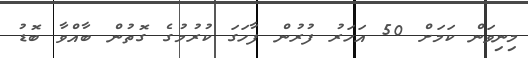
މިނިވަން ކަމަށް 50 އަހަރު ފުރުން ފާހަގަ ކުރުމުގެ ގޮތުން ބާއްވާ ބޮޑު